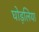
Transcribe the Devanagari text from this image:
घोड़लिया